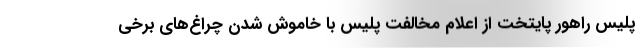
پلیس راهور پایتخت از اعلام مخالفت پلیس با خاموش شدن چراغ‌های برخی